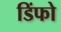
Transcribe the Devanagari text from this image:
डिंफो